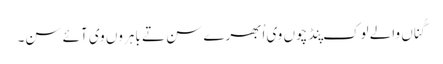
گُناں والے لوک پِنڈ چوں وی اُبھرے سن تے باہروں وی آئے سن۔